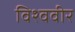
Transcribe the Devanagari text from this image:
विश्ववीर